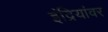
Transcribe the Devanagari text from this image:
इंद्रियांवर